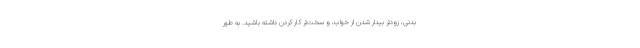
بدنی، زودتر بیدار شدن از خواب، و سخت‌تر کار کردن داشته باشید. به طور